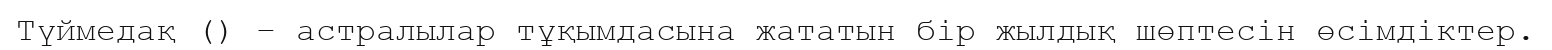
Түймедақ () – астралылар тұқымдасына жататын бір жылдық шөптесін өсімдіктер.